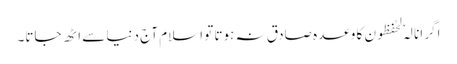
اگر انا لہٗ لحٰفظون کا وعدہ صادق نہ ہوتا تو اسلام آج دنیا سے اٹھ جاتا۔